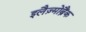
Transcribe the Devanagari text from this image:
इलैज़्मोब्रैंक